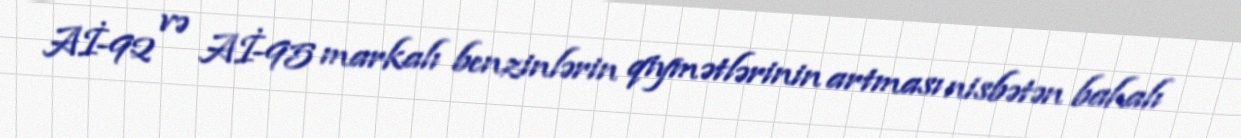
Aİ-92 və Aİ-95 markalı benzinlərin qiymətlərinin artması nisbətən bahalı